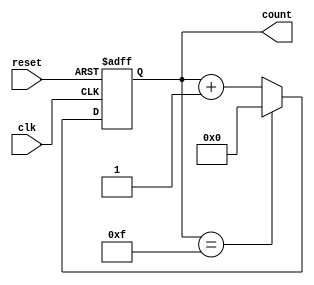
module up_counter_moore #(parameter N = 4) (
    input wire clk,        // Clock input
    input wire reset,      // Asynchronous reset input
    output reg [N-1:0] count // N-bit output for the current count
);

// Always block to describe the synchronous behavior
always @(posedge clk or posedge reset) begin
    if (reset) begin
        count <= 0; // Reset the count to 0
    end else begin
        if (count == (1 << N) - 1) // Check if count has reached maximum value (2^N - 1)
            count <= 0; // Wrap around to 0
        else
            count <= count + 1; // Increment the count
    end
end

endmodule